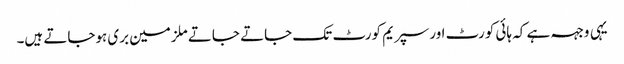
یہی وجہہ ہے کہ ہائی کورٹ اورسپریم کورٹ تک جاتے جاتے ملزمین بری ہوجاتے ہیں۔